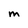
Character: M